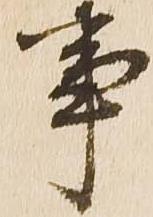
事